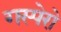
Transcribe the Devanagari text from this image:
गस्पेरो